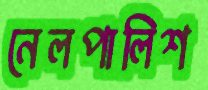
নেলপালিশ